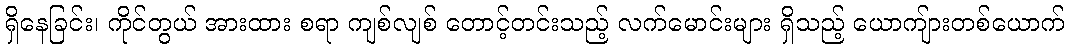
ရှိနေခြင်း၊ ကိုင်တွယ် အားထား စရာ ကျစ်လျစ် တောင့်တင်းသည့် လက်မောင်းများ ရှိသည့် ယောကျ်ားတစ်ယောက်